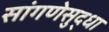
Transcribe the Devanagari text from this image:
सांगणेसुद्धा